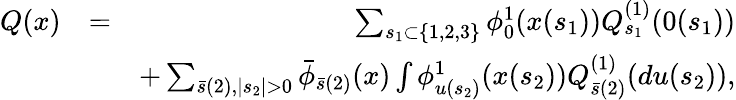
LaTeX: \begin{array}{rlr}{Q(x)}&{=}&{\sum_{s_{1}\subset\{ 1,2,3\} }\phi_{0}^{1}(x(s_{1}))Q_{s_{1}}^{(1)}(0(s_{1}))}\\ &{}&{+\sum_{\bar{s}(2),\mid s_{2}\mid>0}\bar{\phi}_{\bar{s}(2)}(x)\int\phi_{u(s_{2})}^{1}(x(s_{2}))Q_{\bar{s}(2)}^{(1)}(du(s_{2})),}\end{array}